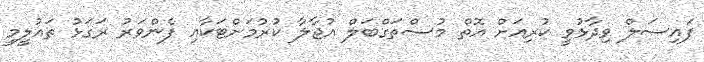
ފައިސަލް ވިދާޅުވީ ކުރިއަށް އޮތް މުސްތަގްބަލް އުޖާލާ ކުރުމަށްޓަކާއި ފެންވަރު ރަގަޅު ތައުލީމީ